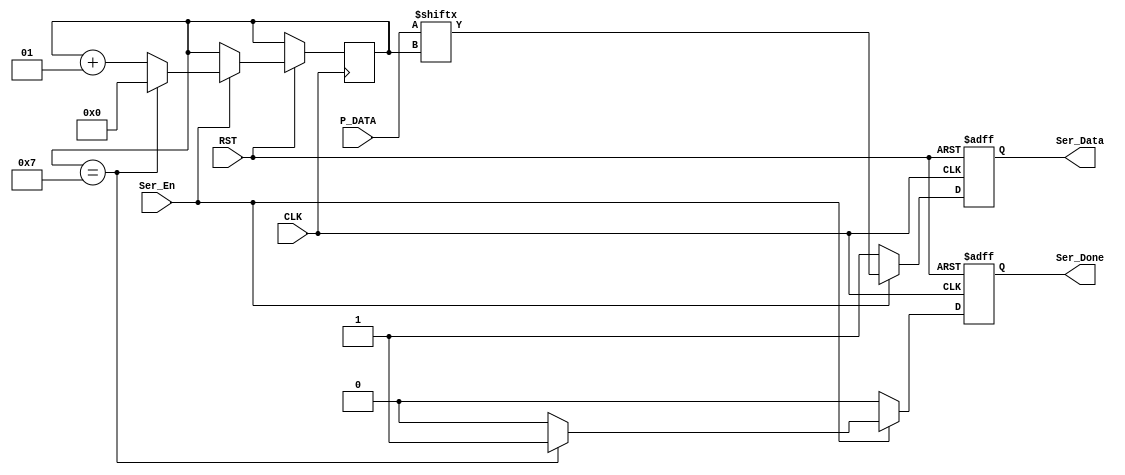
module SERIALIZER#(parameter DATA_WIDTH=8)
(input wire [DATA_WIDTH-1:0] P_DATA,
input  wire Ser_En,
input  wire CLK,
input  wire RST,
output reg  Ser_Data,
output reg  Ser_Done);
 
 integer  Count=0; 
 always @(posedge CLK or negedge RST)
 begin		
	Ser_Data<=1'b1;
	Ser_Done<=1'b0;
 	if(!RST)
	 begin
		Ser_Data<=1'b1;
		Ser_Done<=1'b0;
	 end
	else if(Ser_En)
	 begin
		if(Count ==DATA_WIDTH-1)
		 begin
			 Ser_Data<=P_DATA[Count];
			 Ser_Done<=1;
			 Count<=0;
		 end
		else
		 begin
			 Ser_Data<=P_DATA[Count];
			 Ser_Done<=0;
			 Count<=Count+1;
		 end
	 end
 end 
endmodule